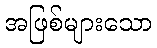
အဖြစ်များသော